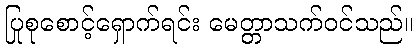
ပြုစုစောင့်ရှောက်ရင်း မေတ္တာသက်ဝင်သည်။